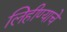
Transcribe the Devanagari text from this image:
लिहीण्याचे